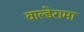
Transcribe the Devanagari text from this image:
वाल्डेरामा